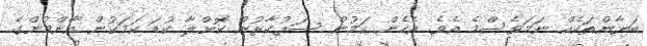
ބަޔާންތަކެއް ނަމަވެސްމެ އެވެ. އެހެން ކަމުން ސަރުކާރުން ކޮށްލާ ކުޑަ ކަމަކުން އާންމުންގެ